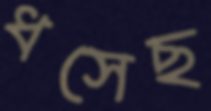
ধসেছ